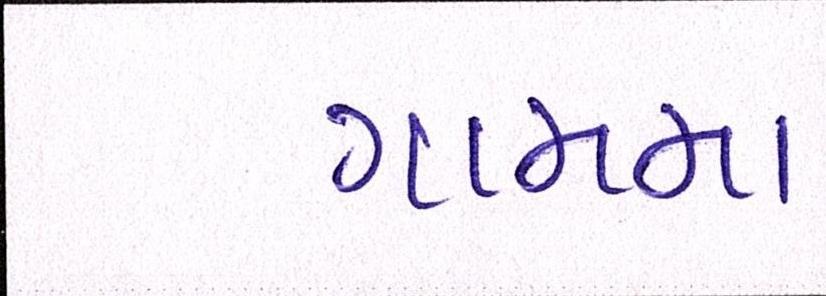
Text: ગામમા